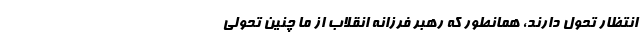
انتظار تحول دارند، همانطور که رهبر فرزانه انقلاب از ما چنین تحولی